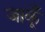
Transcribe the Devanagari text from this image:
जाकूँ